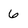
Character: 6